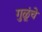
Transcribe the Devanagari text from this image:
गुळूंचे